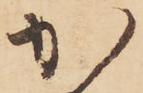
か